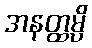
အနတ္ထမ္ပိ